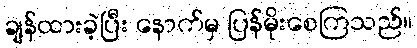
ချန်ထားခဲ့ပြီး နောက်မှ ပြန်မိုးစေကြသည်။